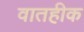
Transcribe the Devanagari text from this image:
वातहीक